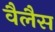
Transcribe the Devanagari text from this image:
वैलैस